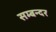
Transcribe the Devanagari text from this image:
सम्बन्दर